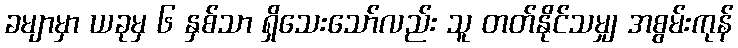
ခမျာမှာ ယခုမှ ၆ နှစ်သာ ရှိသေးသော်လည်း သူ တတ်နိုင်သမျှ အစွမ်းကုန်